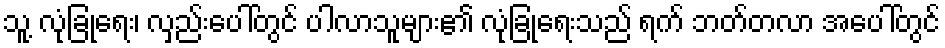
သူ့ လုံခြုံရေး၊ လှည်းပေါ်တွင် ပါလာသူများ၏ လုံခြုံရေးသည် ရက် ဘတ်တလာ အပေါ်တွင်